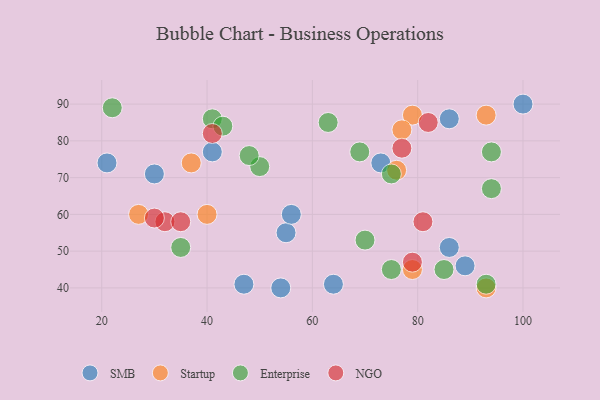
{"axis": {"x": "GDP", "y": "Life Expectancy"}, "legend": ["Enterprise", "NGO", "SMB", "Startup"], "data": [{"x": "41", "y": 77, "type": "SMB"}, {"x": "73", "y": 74, "type": "SMB"}, {"x": "54", "y": 40, "type": "SMB"}, {"x": "30", "y": 71, "type": "SMB"}, {"x": "55", "y": 55, "type": "SMB"}, {"x": "21", "y": 74, "type": "SMB"}, {"x": "64", "y": 41, "type": "SMB"}, {"x": "100", "y": 90, "type": "SMB"}, {"x": "47", "y": 41, "type": "SMB"}, {"x": "86", "y": 86, "type": "SMB"}, {"x": "89", "y": 46, "type": "SMB"}, {"x": "86", "y": 51, "type": "SMB"}, {"x": "56", "y": 60, "type": "SMB"}, {"x": "27", "y": 60, "type": "Startup"}, {"x": "37", "y": 74, "type": "Startup"}, {"x": "93", "y": 87, "type": "Startup"}, {"x": "76", "y": 72, "type": "Startup"}, {"x": "79", "y": 45, "type": "Startup"}, {"x": "79", "y": 87, "type": "Startup"}, {"x": "93", "y": 40, "type": "Startup"}, {"x": "40", "y": 60, "type": "Startup"}, {"x": "77", "y": 83, "type": "Startup"}, {"x": "35", "y": 51, "type": "Enterprise"}, {"x": "41", "y": 86, "type": "Enterprise"}, {"x": "70", "y": 53, "type": "Enterprise"}, {"x": "75", "y": 45, "type": "Enterprise"}, {"x": "22", "y": 89, "type": "Enterprise"}, {"x": "93", "y": 41, "type": "Enterprise"}, {"x": "85", "y": 45, "type": "Enterprise"}, {"x": "50", "y": 73, "type": "Enterprise"}, {"x": "63", "y": 85, "type": "Enterprise"}, {"x": "94", "y": 67, "type": "Enterprise"}, {"x": "69", "y": 77, "type": "Enterprise"}, {"x": "43", "y": 84, "type": "Enterprise"}, {"x": "94", "y": 77, "type": "Enterprise"}, {"x": "75", "y": 71, "type": "Enterprise"}, {"x": "48", "y": 76, "type": "Enterprise"}, {"x": "77", "y": 78, "type": "NGO"}, {"x": "79", "y": 47, "type": "NGO"}, {"x": "32", "y": 58, "type": "NGO"}, {"x": "41", "y": 82, "type": "NGO"}, {"x": "35", "y": 58, "type": "NGO"}, {"x": "30", "y": 59, "type": "NGO"}, {"x": "82", "y": 85, "type": "NGO"}, {"x": "81", "y": 58, "type": "NGO"}]}